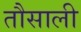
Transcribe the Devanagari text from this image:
तौसाली